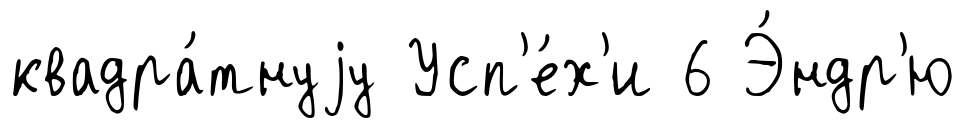
квадра́тнуjу Усп'е́х'и 6 Э́ндр'ю